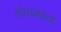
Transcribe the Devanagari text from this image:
गोपाळांच्या